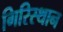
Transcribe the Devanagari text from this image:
गिरिस्थान